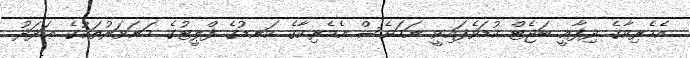
އެމެރިކާގެ ދިފާޢީ ބަޖެޓް ކުޑަވެފައިވީ ނަމަވެސް އެމެރިކާގެ ކަނޑުގެ ފްލީޓުގެ މަނަވަރުތަކުގެ ޢަދަދު